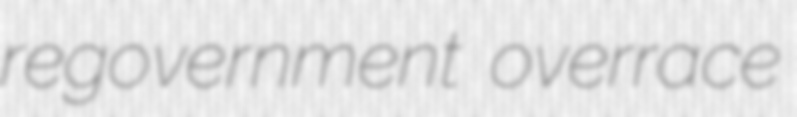
regovernment overrace